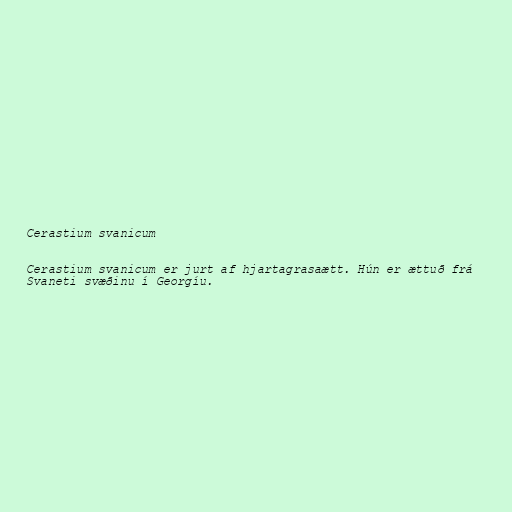
Cerastium svanicum

Cerastium svanicum er jurt af hjartagrasaætt. Hún er ættuð frá
Svaneti svæðinu í Georgíu.